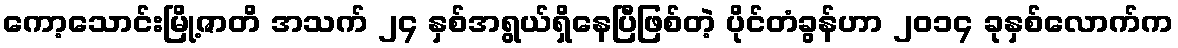
ကော့သောင်းမြို့ဇာတိ အသက် ၂၄ နှစ်အရွယ်ရှိနေပြီဖြစ်တဲ့ ပိုင်တံခွန်ဟာ ၂၀၁၄ ခုနှစ်လောက်က